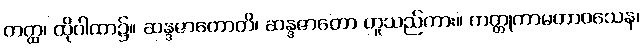
တတ္ထ၊ ထိုဂါထာ၌။ ဆန္ဒဇာတောတိ၊ ဆန္ဒဇာတော ဟူသည်ကား။ ကတ္တုကာမတာဝသေန၊